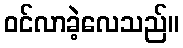
ဝင်လာခဲ့လေသည်။